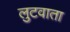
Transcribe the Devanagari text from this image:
लुटवाता